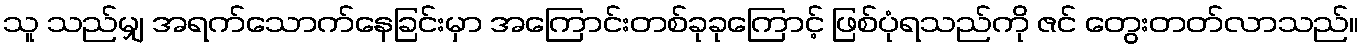
သူ သည်မျှ အရက်သောက်နေခြင်းမှာ အကြောင်းတစ်ခုခုကြောင့် ဖြစ်ပုံရသည်ကို ဇင် တွေးတတ်လာသည်။